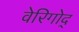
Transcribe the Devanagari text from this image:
वेरिगोद्